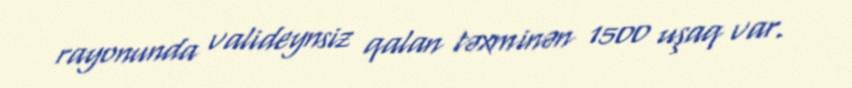
rayonunda valideynsiz qalan təxminən 1500 uşaq var.